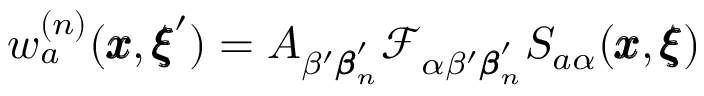
w _ { a } ^ { ( n ) } ( { \pmb x } , { \pmb \xi } ^ { \prime } ) = A _ { \beta ^ { \prime } { \pmb \beta } _ { n } ^ { \prime } } { \mathcal { F } _ { \alpha \beta ^ { \prime } { \pmb \beta } _ { n } ^ { \prime } } S _ { a \alpha } ( { \pmb x } , { \pmb \xi } ) }